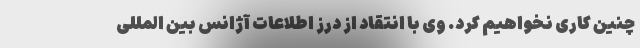
چنین کاری نخواهیم کرد. وی با انتقاد از درز اطلاعات آژانس بین المللی